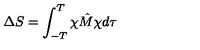
\Delta S = \int _ { - T } ^ { T } \chi \hat { M } \chi d \tau